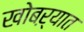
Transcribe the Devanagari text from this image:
खोबऱ्यात